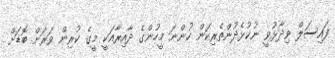
ފައިސަލް ވިދާޅުވީ ނުކުޅެދުންތެރިކަން ހުންނަ މީހުންގެ ދާއިރާއަކީ މީގެ ކުރިން ވަރަށް ބޮޑަށް